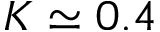
K \simeq 0 . 4